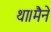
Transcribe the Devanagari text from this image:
था।मैने